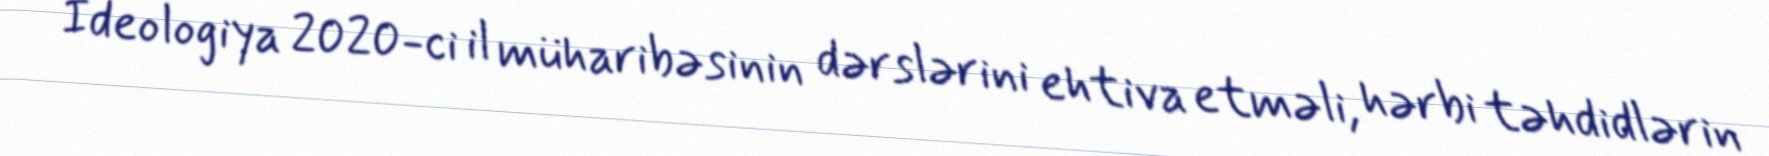
İdeologiya 2020-ci il müharibəsinin dərslərini ehtiva etməli, hərbi təhdidlərin